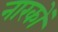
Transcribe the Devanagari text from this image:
नारकों